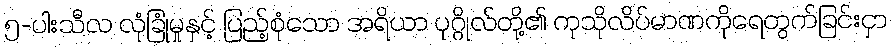
၅-ပါးသီလ လုံခြုံမှုနှင့် ပြည့်စုံသော အရိယာ ပုဂ္ဂိုလ်တို့၏ ကုသိုလိပ်မာဏကိုရေတွက်ခြင်းငှာ